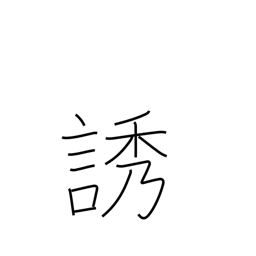
Meaning: call for